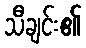
သီချင်း၏